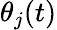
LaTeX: \theta_{j}(t)